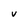
Character: V